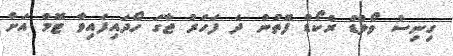
ގިނިސް ވޯލްޑް ރެކޯޑް ފޮތުން ދެ ފަހަރު ޖާގަ ހޯދައިފައިވާ ޓޮމް އަށް